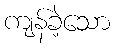
ကျန်ခဲ့သော